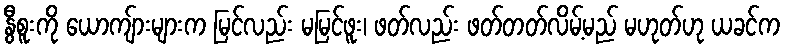
နွီစူးကို ယောကျ်ားများက မြင်လည်း မမြင်ဖူး၊ ဖတ်လည်း ဖတ်တတ်လိမ့်မည် မဟုတ်ဟု ယခင်က